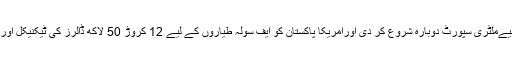
ٹرمپ انتظامیہ نے پاکستان کےلیےملٹری سپورٹ دوبارہ شروع کر دی اورامریکا پاکستان کو ایف سولہ طیاروں کے لیے 12 کروڑ 50 لاکھ ڈالرز کی ٹیکنیکل اور لاجسٹک سپورٹ فراہم کرے گا۔